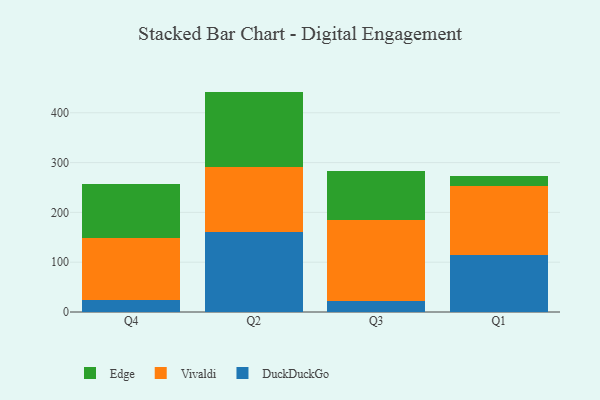
{"axis": {"x": "Quarter", "y": "Website Visitors"}, "legend": ["DuckDuckGo", "Edge", "Vivaldi"], "data": [{"x": "Q4", "y": 24.4, "type": "DuckDuckGo"}, {"x": "Q4", "y": 123.9, "type": "Vivaldi"}, {"x": "Q4", "y": 109.3, "type": "Edge"}, {"x": "Q2", "y": 161.6, "type": "DuckDuckGo"}, {"x": "Q2", "y": 128.8, "type": "Vivaldi"}, {"x": "Q2", "y": 152.1, "type": "Edge"}, {"x": "Q3", "y": 21.9, "type": "DuckDuckGo"}, {"x": "Q3", "y": 162.2, "type": "Vivaldi"}, {"x": "Q3", "y": 99.1, "type": "Edge"}, {"x": "Q1", "y": 114.4, "type": "DuckDuckGo"}, {"x": "Q1", "y": 139.2, "type": "Vivaldi"}, {"x": "Q1", "y": 19.7, "type": "Edge"}]}